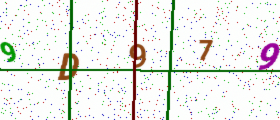
Text: 9D979